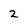
Character: 2